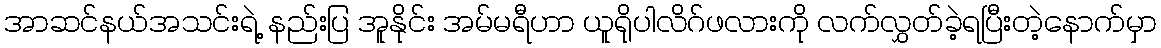
အာဆင်နယ်အသင်းရဲ့ နည်းပြ အူနိုင်း အမ်မရီဟာ ယူရိုပါလိဂ်ဖလားကို လက်လွှတ်ခဲ့ရပြီးတဲ့နောက်မှာ